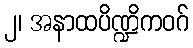
၂၊ အနာထပိဏ္ဍိကဝဂ်